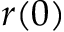
r ( 0 )